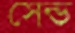
সেন্ড